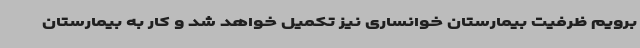
برویم ظرفیت بیمارستان خوانساری نیز تکمیل خواهد شد و کار به بیمارستان